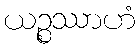
ယဉ္စဿာဟံ